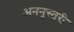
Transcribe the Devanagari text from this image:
अननुस्तरी